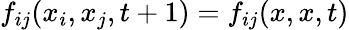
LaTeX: f_{ij}(x_{i},x_{j},t+1)=f_{ij}(x,x,t)